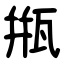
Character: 甁